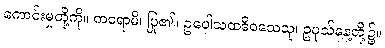
ကောင်းမှုတို့ကို။ ကရောမိ၊ ပြု၏။ ဥပေါသထဒိဝသေသု၊ ဥပုသ်နေ့တို့၌။